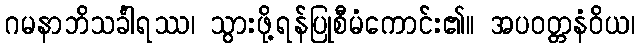
ဂမနာဘိသင်္ခါရဿ၊ သွားဖို့ရန်ပြုစီမံကောင်း၏။ အပဝတ္တနံဝိယ၊